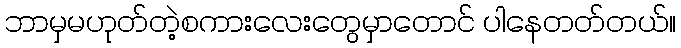
ဘာမှမဟုတ်တဲ့စကားလေးတွေမှာတောင် ပါနေတတ်တယ်။